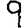
Digit: 9